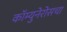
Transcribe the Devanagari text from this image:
कॉम्युनेरोसचा